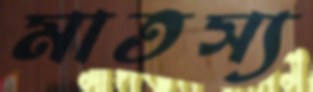
মাতস্য